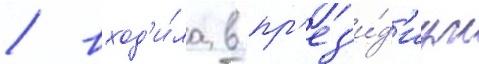
/ вход'и́ла в пр'ез'и́д'иум